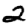
Digit: 2